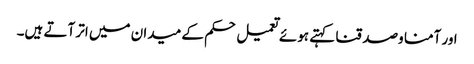
اور آمنا وصدقنا کہتے ہوئے تعمیل حکم کے میدان میں اتر آتے ہیں۔